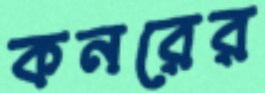
কনরের